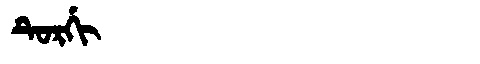
Manchu: ᡨᡠᡵᡤᡳ
Romanization: TURGI